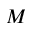
M